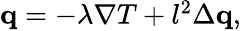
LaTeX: \begin{array}{r}{\mathbf q=-\lambda\nabla T+l^{2}\Delta\mathbf q,}\end{array}